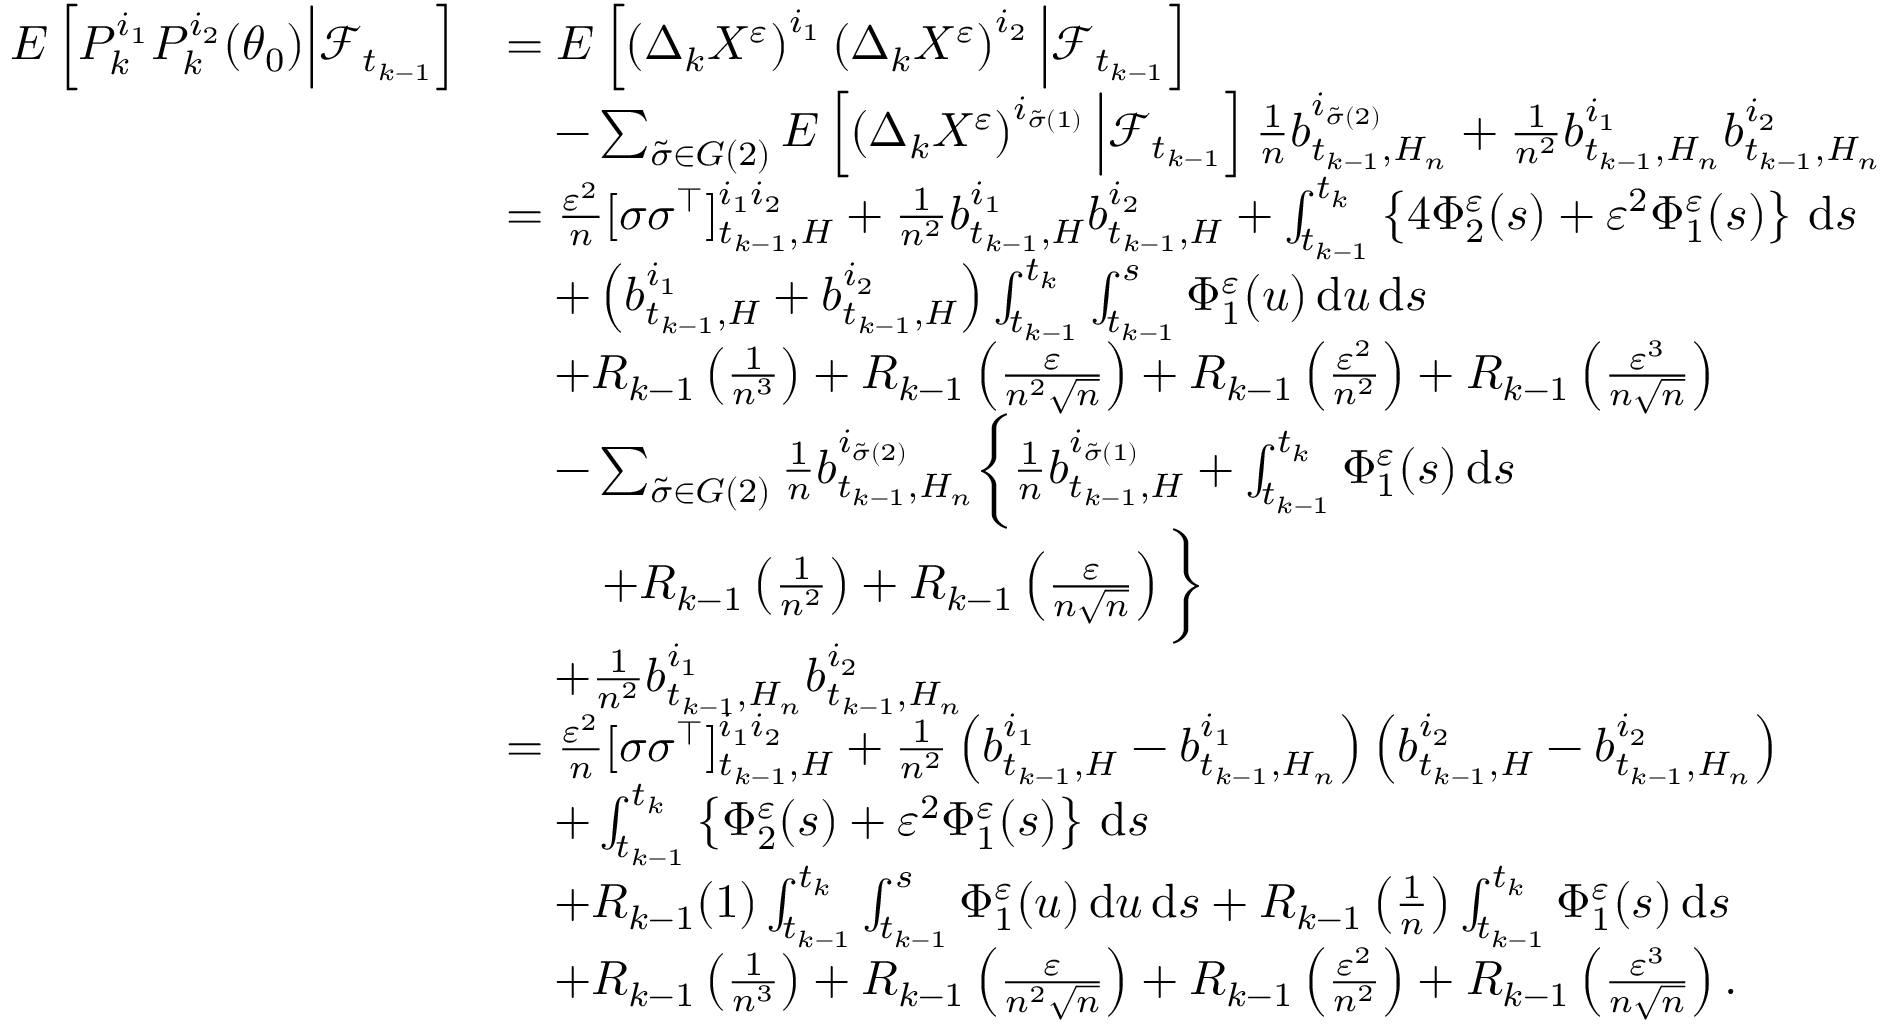
\begin{array} { r l } { E \left[ P _ { k } ^ { i _ { 1 } } P _ { k } ^ { i _ { 2 } } ( \theta _ { 0 } ) \Big | \mathcal { F } _ { t _ { k - 1 } } \right] } & { = E \left[ \left( \Delta _ { k } X ^ { \varepsilon } \right) ^ { i _ { 1 } } \left( \Delta _ { k } X ^ { \varepsilon } \right) ^ { i _ { 2 } } \Big | \mathcal { F } _ { t _ { k - 1 } } \right] } \\ & { \quad - \sum _ { \tilde { \sigma } \in G ( 2 ) } E \left[ \left( \Delta _ { k } X ^ { \varepsilon } \right) ^ { i _ { \tilde { \sigma } ( 1 ) } } \Big | \mathcal { F } _ { t _ { k - 1 } } \right] \frac { 1 } { n } b _ { t _ { k - 1 } , H _ { n } } ^ { i _ { \tilde { \sigma } ( 2 ) } } + \frac { 1 } { n ^ { 2 } } b _ { t _ { k - 1 } , H _ { n } } ^ { i _ { 1 } } b _ { t _ { k - 1 } , H _ { n } } ^ { i _ { 2 } } } \\ & { = \frac { \varepsilon ^ { 2 } } { n } [ \sigma \sigma ^ { \top } ] _ { t _ { k - 1 } , H } ^ { i _ { 1 } i _ { 2 } } + \frac { 1 } { n ^ { 2 } } b _ { t _ { k - 1 } , H } ^ { i _ { 1 } } b _ { t _ { k - 1 } , H } ^ { i _ { 2 } } + \int _ { t _ { k - 1 } } ^ { t _ { k } } \left\{ 4 \Phi _ { 2 } ^ { \varepsilon } ( s ) + \varepsilon ^ { 2 } \Phi _ { 1 } ^ { \varepsilon } ( s ) \right\} \, \mathrm { d } s } \\ & { \quad + \left( b _ { t _ { k - 1 } , H } ^ { i _ { 1 } } + b _ { t _ { k - 1 } , H } ^ { i _ { 2 } } \right) \int _ { t _ { k - 1 } } ^ { t _ { k } } \int _ { t _ { k - 1 } } ^ { s } \Phi _ { 1 } ^ { \varepsilon } ( u ) \, \mathrm { d } u \, \mathrm { d } s } \\ & { \quad + R _ { k - 1 } \left( \frac { 1 } { n ^ { 3 } } \right) + R _ { k - 1 } \left( \frac { \varepsilon } { n ^ { 2 } \sqrt { n } } \right) + R _ { k - 1 } \left( \frac { \varepsilon ^ { 2 } } { n ^ { 2 } } \right) + R _ { k - 1 } \left( \frac { \varepsilon ^ { 3 } } { n \sqrt { n } } \right) } \\ & { \quad - \sum _ { \tilde { \sigma } \in G ( 2 ) } \frac { 1 } { n } b _ { t _ { k - 1 } , H _ { n } } ^ { i _ { \tilde { \sigma } ( 2 ) } } \bigg \{ \frac { 1 } { n } b _ { t _ { k - 1 } , H } ^ { i _ { \tilde { \sigma } ( 1 ) } } + \int _ { t _ { k - 1 } } ^ { t _ { k } } \Phi _ { 1 } ^ { \varepsilon } ( s ) \, \mathrm { d } s } \\ & { \qquad + R _ { k - 1 } \left( \frac { 1 } { n ^ { 2 } } \right) + R _ { k - 1 } \left( \frac { \varepsilon } { n \sqrt { n } } \right) \bigg \} } \\ & { \quad + \frac { 1 } { n ^ { 2 } } b _ { t _ { k - 1 } , H _ { n } } ^ { i _ { 1 } } b _ { t _ { k - 1 } , H _ { n } } ^ { i _ { 2 } } } \\ & { = \frac { \varepsilon ^ { 2 } } { n } [ \sigma \sigma ^ { \top } ] _ { t _ { k - 1 } , H } ^ { i _ { 1 } i _ { 2 } } + \frac { 1 } { n ^ { 2 } } \left( b _ { t _ { k - 1 } , H } ^ { i _ { 1 } } - b _ { t _ { k - 1 } , H _ { n } } ^ { i _ { 1 } } \right) \left( b _ { t _ { k - 1 } , H } ^ { i _ { 2 } } - b _ { t _ { k - 1 } , H _ { n } } ^ { i _ { 2 } } \right) } \\ & { \quad + \int _ { t _ { k - 1 } } ^ { t _ { k } } \left\{ \Phi _ { 2 } ^ { \varepsilon } ( s ) + \varepsilon ^ { 2 } \Phi _ { 1 } ^ { \varepsilon } ( s ) \right\} \, \mathrm { d } s } \\ & { \quad + R _ { k - 1 } ( 1 ) \int _ { t _ { k - 1 } } ^ { t _ { k } } \int _ { t _ { k - 1 } } ^ { s } \Phi _ { 1 } ^ { \varepsilon } ( u ) \, \mathrm { d } u \, \mathrm { d } s + R _ { k - 1 } \left( \frac { 1 } { n } \right) \int _ { t _ { k - 1 } } ^ { t _ { k } } \Phi _ { 1 } ^ { \varepsilon } ( s ) \, \mathrm { d } s } \\ & { \quad + R _ { k - 1 } \left( \frac { 1 } { n ^ { 3 } } \right) + R _ { k - 1 } \left( \frac { \varepsilon } { n ^ { 2 } \sqrt { n } } \right) + R _ { k - 1 } \left( \frac { \varepsilon ^ { 2 } } { n ^ { 2 } } \right) + R _ { k - 1 } \left( \frac { \varepsilon ^ { 3 } } { n \sqrt { n } } \right) . } \end{array}